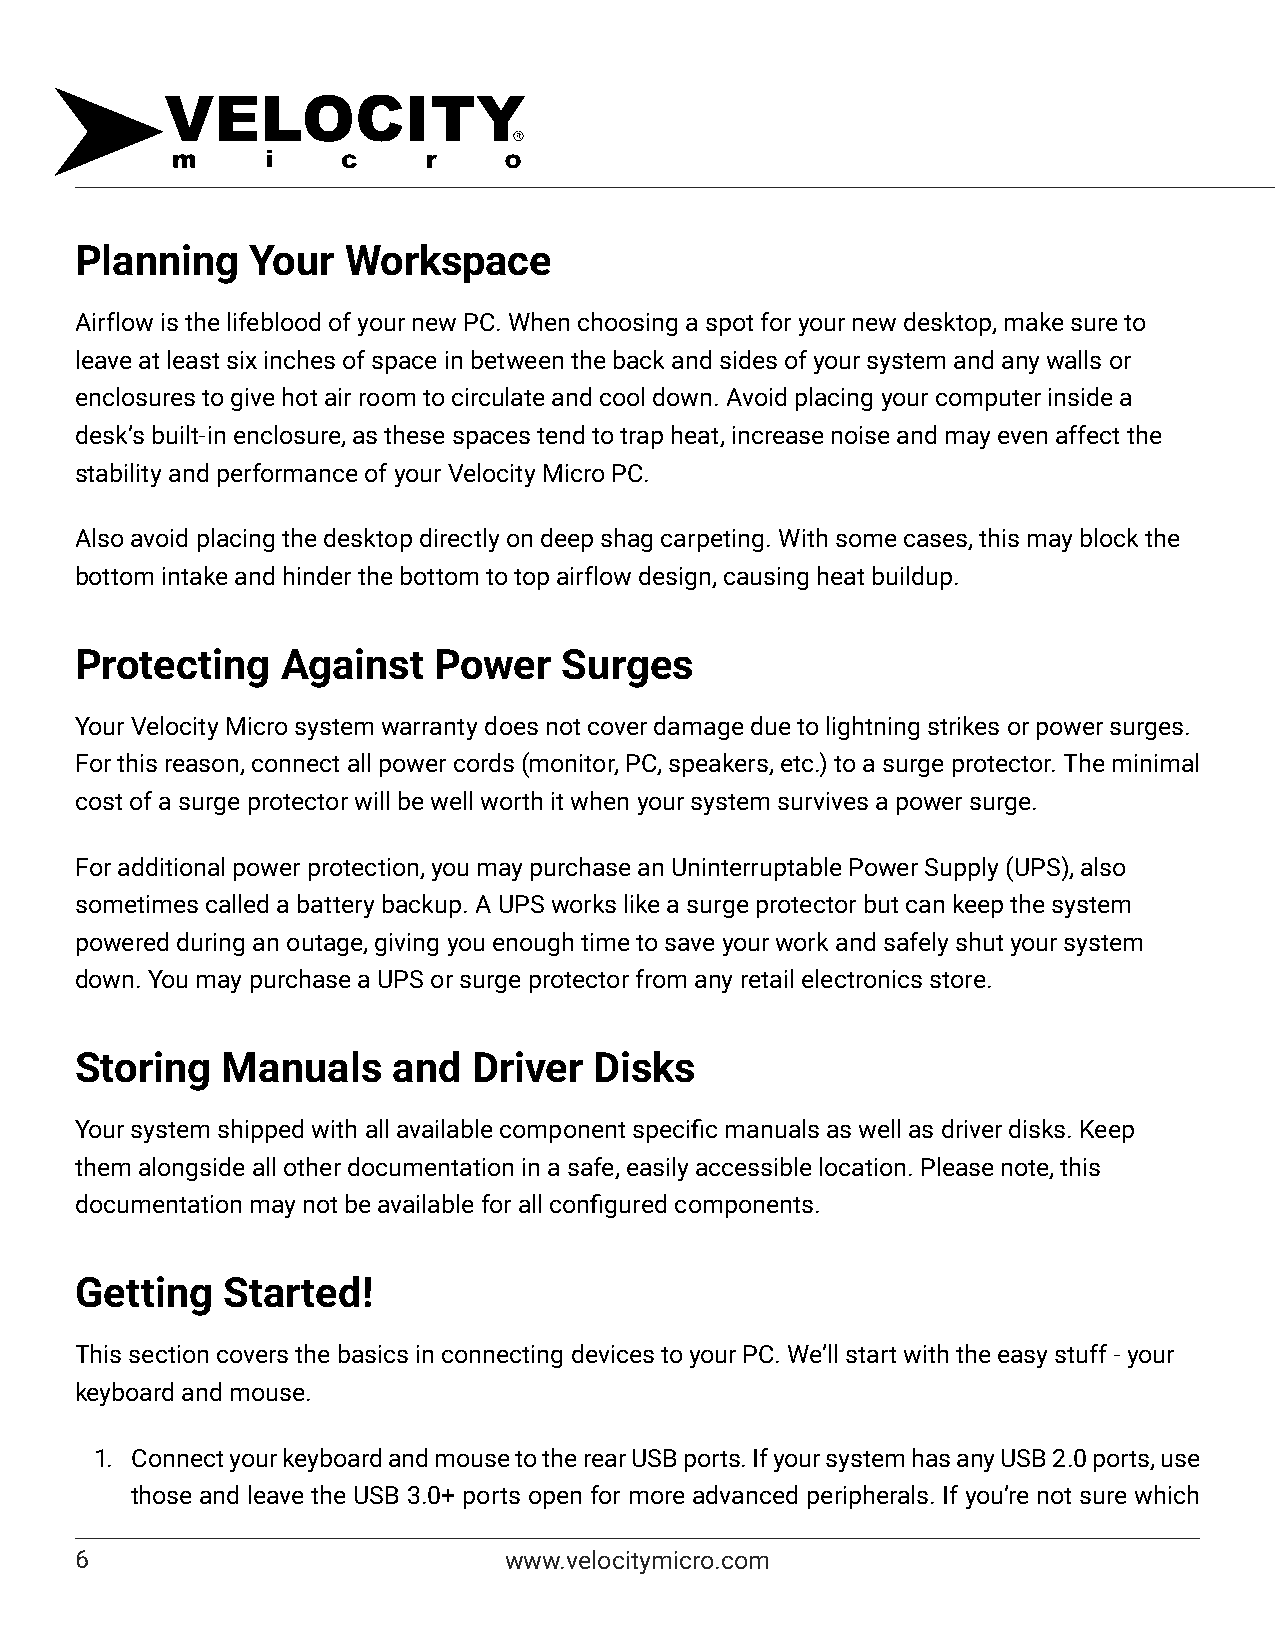
Planning    Your  Workspace
 Airflow is the lifeblood of your new PC. When choosing a spot for your new desktop, make sure to
 leave at least six inches of space in between the back and sides of your system and any walls or
 enclosures to give hot air room to circulate and cool down. Avoid placing your computer inside a
 desk’s built-in enclosure, as these spaces tend to trap heat, increase noise and may even affect the
 stability and performance of your Velocity Micro PC.
 Also avoid placing the desktop directly on deep shag carpeting. With some cases, this may block the
 bottom intake and hinder the bottom to top airflow design, causing heat buildup.
 Protecting    Against   Power   Surges
 Your Velocity Micro system warranty does not cover damage due to lightning strikes or power surges.
 For this reason, connect all power cords (monitor, PC, speakers, etc.) to a surge protector. The minimal
 cost of a surge protector will be well worth it when your system survives a power surge.
 For additional power protection, you may purchase an Uninterruptable Power Supply (UPS), also
 sometimes called a battery backup. A UPS works like a surge protector but can keep the system
 powered during an outage, giving you enough time to save your work and safely shut your system
 down. You may purchase a UPS or surge protector from any retail electronics store.
 Storing   Manuals    and  Driver  Disks
 Your system shipped with all available component specific manuals as well as driver disks. Keep
 them alongside all other documentation in a safe, easily accessible location. Please note, this
 documentation may not be available for all configured components.
 Getting   Started!
 This section covers the basics in connecting devices to your PC. We’ll start with the easy stuff - your
 keyboard and mouse.
 1. Connect your keyboard and mouse to the rear USB ports. If your system has any USB 2.0 ports, use
 those and leave the USB 3.0+ ports open for more advanced peripherals. If you’re not sure which
 6                           www.velocitymicro.com